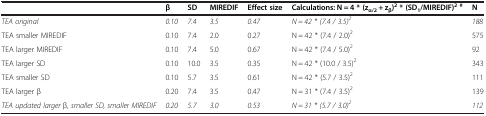
|  | β | SD | MIREDIF | Effect size | Calculations: N = 4 * (zα/2 + zβ)2 * (SD1/MIREDIF)2 # | N |
 | --- | --- | --- | --- | --- | --- | --- |
 | TEA original | 0.10 | 7.4 | 3.5 | 0.47 | N = 42 * (7.4 / 3.5)2 | 188 |
 | TEA smaller MIREDIF | 0.10 | 7.4 | 2.0 | 0.27 | N = 42 * (7.4 / 2.0)2 | 575 |
 | TEA larger MIREDIF | 0.10 | 7.4 | 5.0 | 0.67 | N = 42 * (7.4 / 5.0)2 | 92 |
 | TEA larger SD | 0.10 | 10.0 | 3.5 | 0.35 | N = 42 * (10.0 / 3.5)2 | 343 |
 | TEA smaller SD | 0.10 | 5.7 | 3.5 | 0.61 | N = 42 * (5.7 / 3.5)2 | 111 |
 | TEA larger β | 0.20 | 7.4 | 3.5 | 0.47 | N = 31 * (7.4 / 3.5)2 | 139 |
 | TEA updated larger β, smaller SD, smaller MIREDIF | 0.20 | 5.7 | 3.0 | 0.53 | N = 31 * (5.7 / 3.0)2 | 112 |